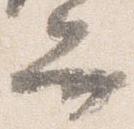
弁